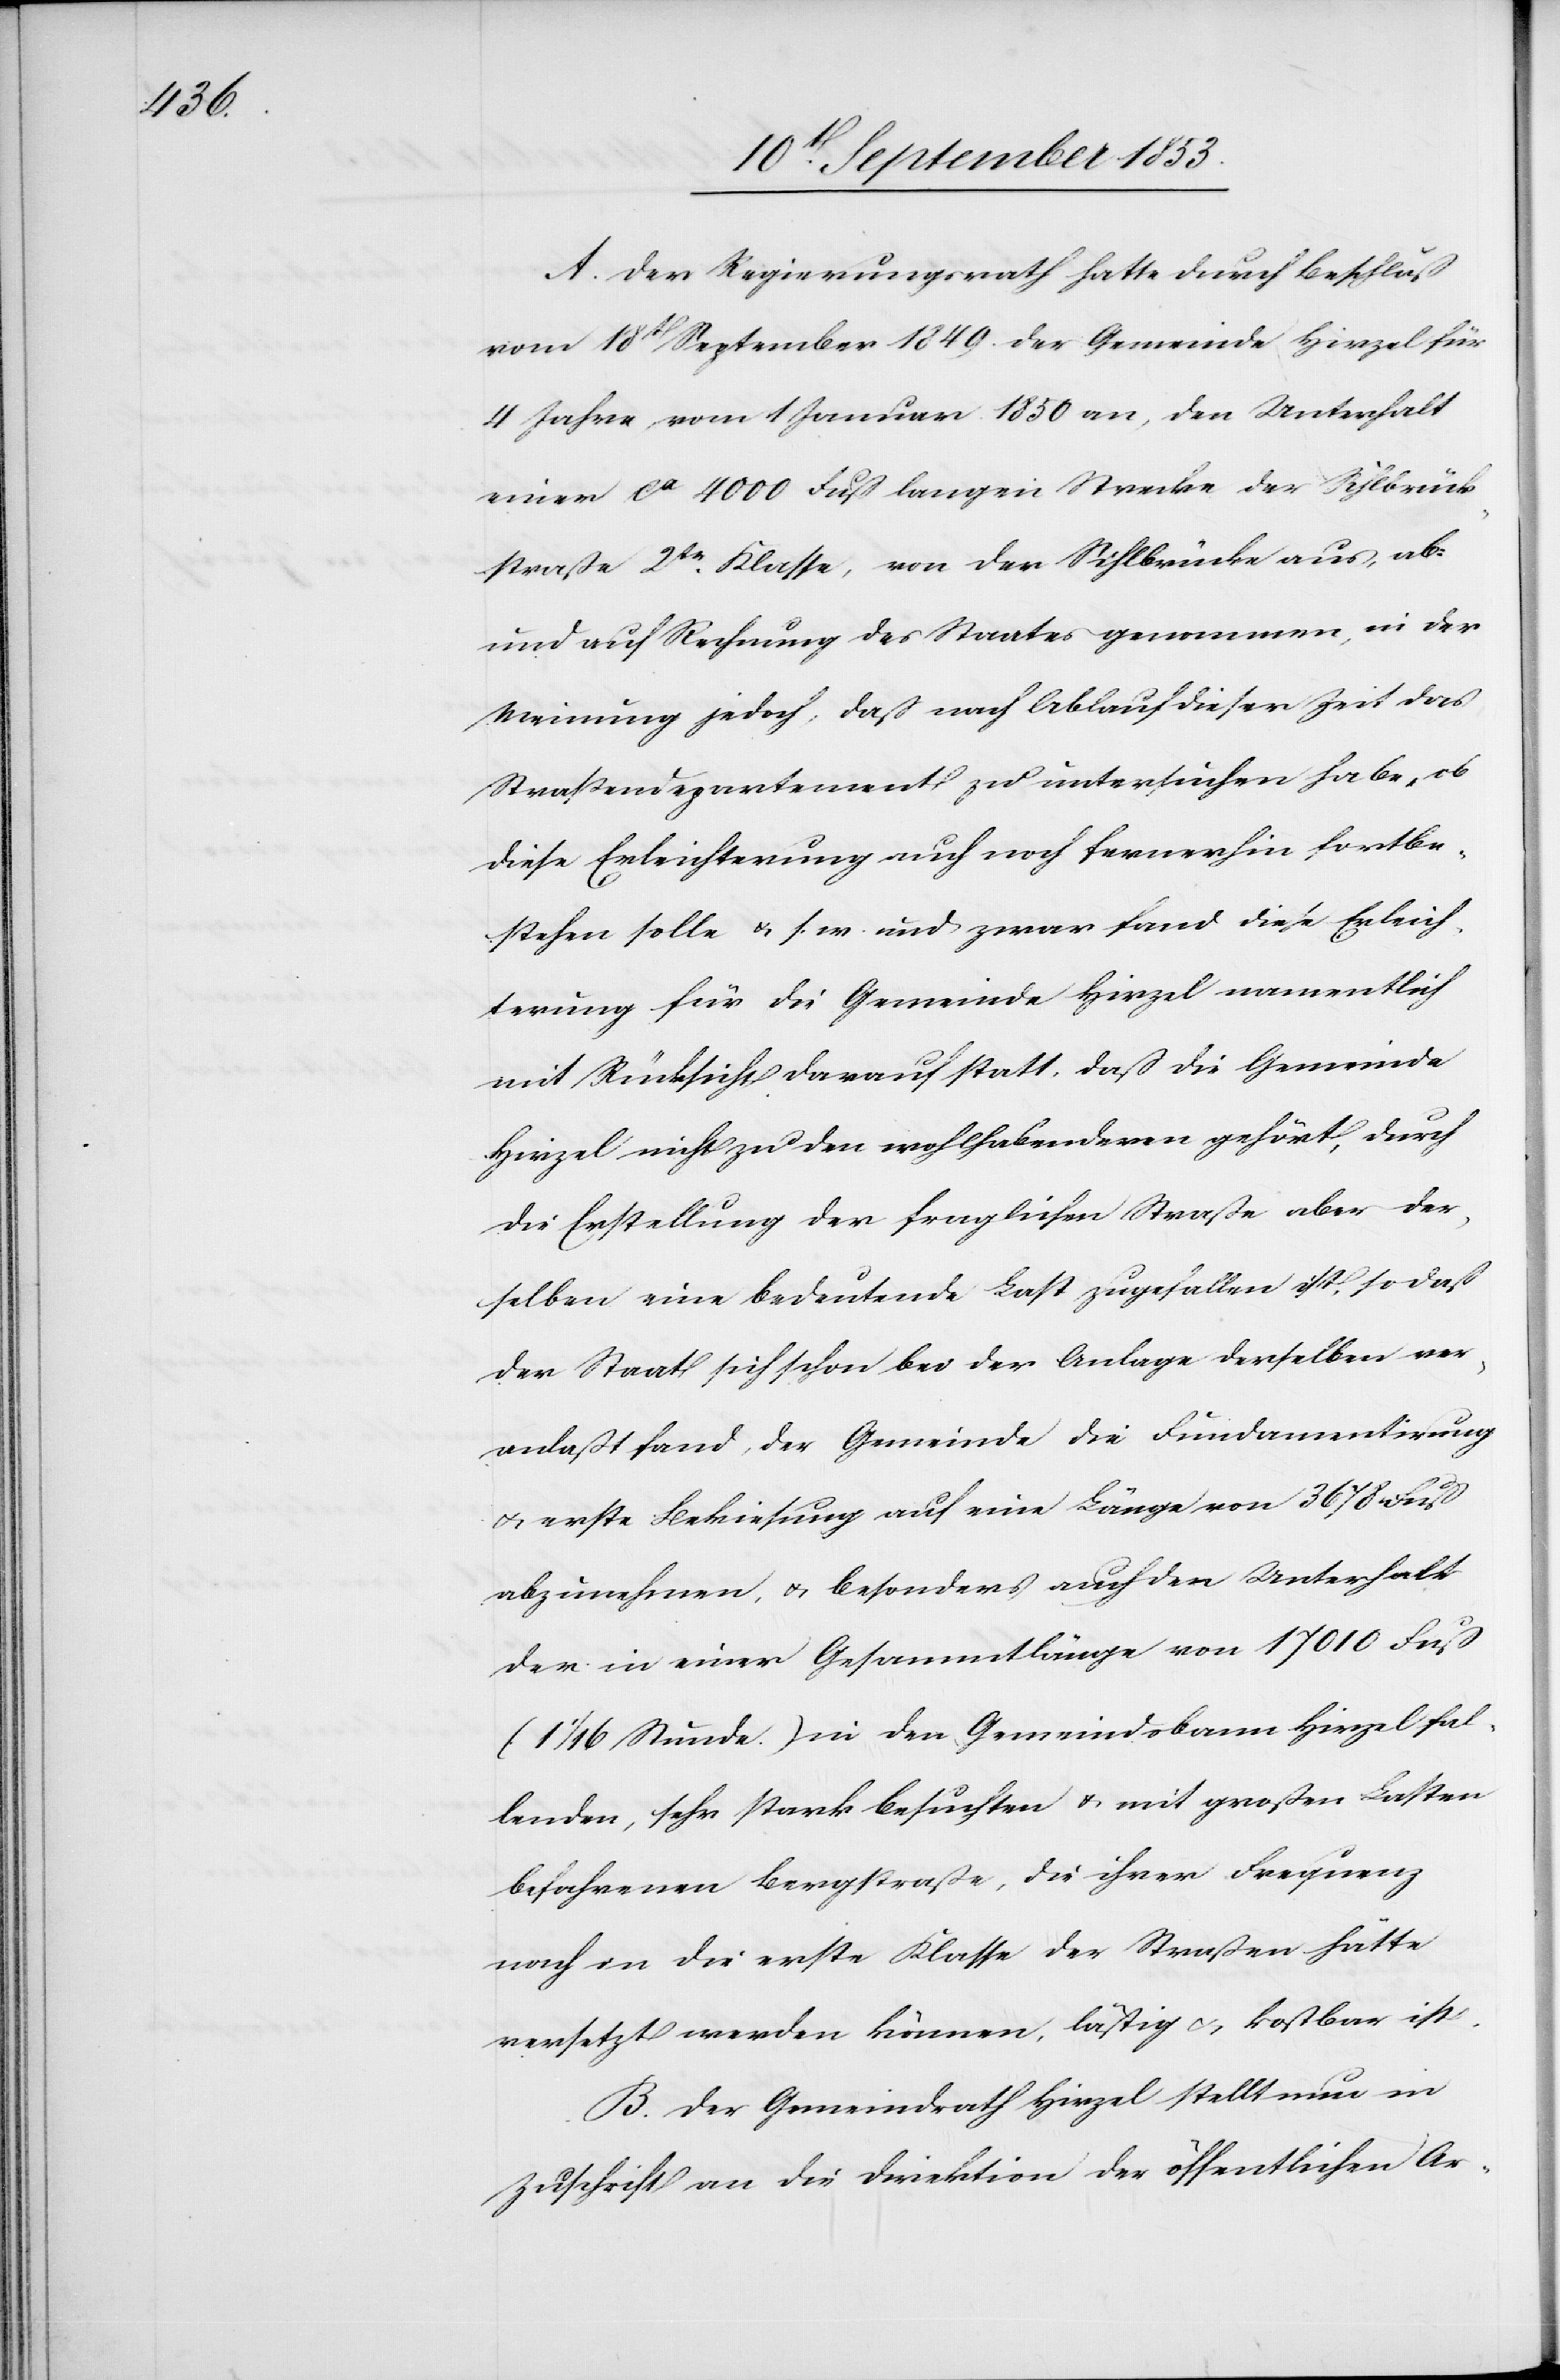
A. Der Regierungsrath hatte durch Beschluß
vom 18t September 1849 der Gemeinde Hirzel für
4 Jahre vom 1 Januar 1850 an, den Unterhalt
einer ca 4000 Fuß langen Strecke der Sihlbrück¬
straße 2tr Klasse, von der Sihlbrücke aus, ab
und auf Rechnung des Staates genommen, in der
Meinung jedoch, daß nach Ablauf dieser Zeit das
Straßendepartement zu untersuchen habe, ob
diese Erleichterung auch noch fernerhin fortbe¬
stehen solle u. s. w. und zwar fand diese Erleich¬
terung für die Gemeinde Hirzel namentlich
mit Rücksicht darauf statt, daß die Gemeinde
Hirzel nicht zu den wohlhabenderen gehört, durch
die Erstellung der fraglichen Straße aber der¬
selben eine bedeutende Last zugefallen ist, so daß
der Staat sich schon bei der Anlage derselben ver¬
anlaßt fand, der Gemeinde die Fundamentirung
u. erste Bekiesung auf eine Länge von 3678 Fuß
abzunehmen, u. besonders auch den Unterhalt
der in einer Gesammtlänge von 17 010 Fuß
(1 1/16 Stunde) in den Gemeindsbann Hirzel fal¬
lenden, sehr stark besuchten u. mit großen Lasten
befahrenen Bergstraße, die ihrer Frequenz
nach in die erste Klasse der Straße hätte
versetzt werden können, läßig u. kostbar ist.
B. Der Gemeindrath Hirzel stellt nun in
Zuschrift an die Direktion der öffentlichen Ar-